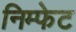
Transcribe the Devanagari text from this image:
निम्फेट